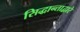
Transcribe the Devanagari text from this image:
सिद्धान्ताद्वारे